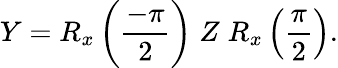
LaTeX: Y=R_{x}\left(\frac{-\pi}{2}\right)\; Z\; R_{x}\left(\frac{\pi}{2}\right).